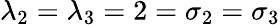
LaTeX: \lambda_{2}=\lambda_{3}=2=\sigma_{2}=\sigma_{3}